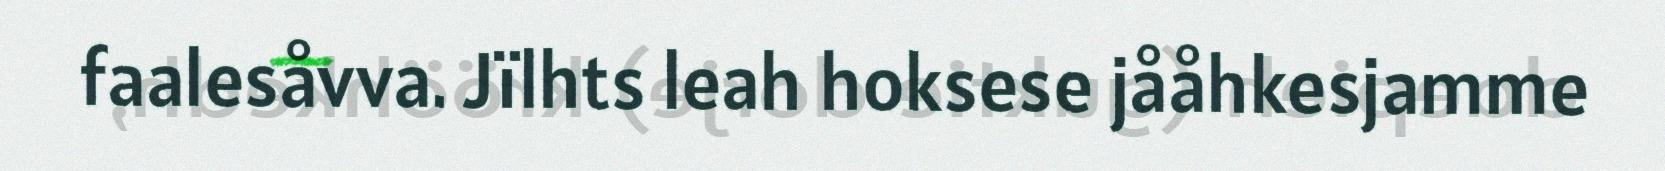
faalesåvva. Jïlhts leah hoksese jååhkesjamme